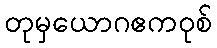
တုမှယောဂဧကဝုစ်